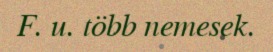
F. u. több nemesek.